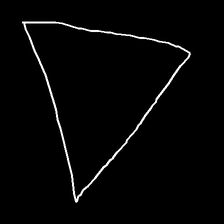
Glyph: convergence